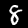
Digit: 8